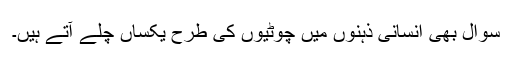
سوال بھی انسانی ذہنوں میں چوٹیوں کی طرح یکساں چلے آتے ہیں۔